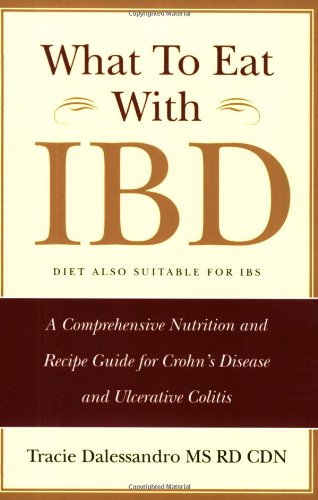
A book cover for What to Eat with IBD: A Comprehensive Nutrition and Recipe Guide for Crohn's Disease and Ulcerative Colitis; Tracie M. Dalessandro; Medical Books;